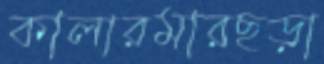
কালারমারছড়া